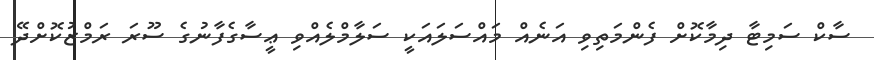
ސާކް ސަމިޓާ ދިމާކޮށް ފެންމަތިވި އަނެއް މައްސަލައަކީ ސަލާމްލެއްވި ޢީސާގެފާނުގެ ސޫރަ ރަމްޒުކޮށްދޭ